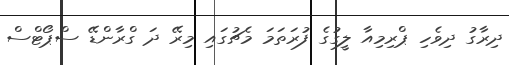
ދިރާގު ދިވެހި ޕްރިމިއާ ލީގުގެ ފުރަތަމަ މެޗުގައި މިރޭ ދަ ގްރާންޑޭ ސްޕޯޓްސް